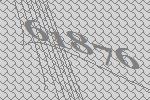
61876